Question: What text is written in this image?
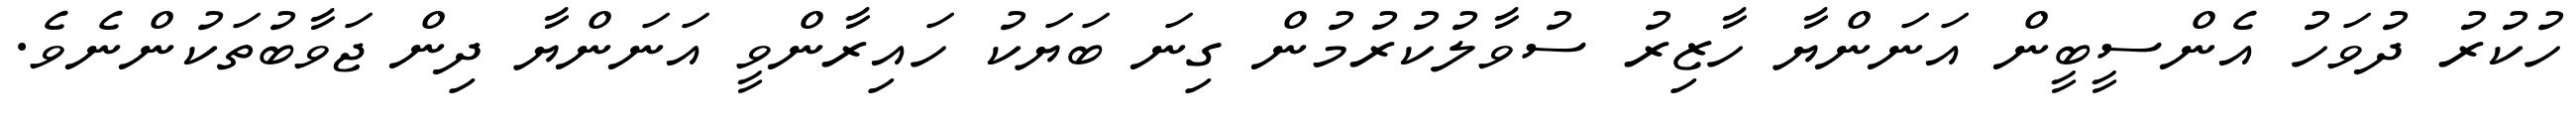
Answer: ހުކުރު ދުވަހު އެންސީބީން އަނަންޔާ ހާޒިރު ސުވާލުކުރުމުން ގިނަ ބަޔަކު ހައިރާންވީ އަނަންޔާ ދިން ޖަވާބުތަކުންނެވެ.